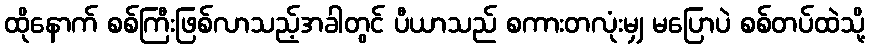
ထိုနောက် စစ်ကြီးဖြစ်လာသည့်အခါတွင် ပီယာသည် စကားတလုံးမျှ မပြောပဲ စစ်တပ်ထဲသို့